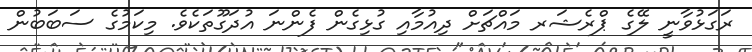
ރަގަޅުވާނީ ލޭގެ ޕްރެޝަރ މައްޗަށް ދިއުމާއި ގުޅިގެން ފެންނަ އުދަގޫތަކެވެ. މިކަމުގެ ސަބަބުން